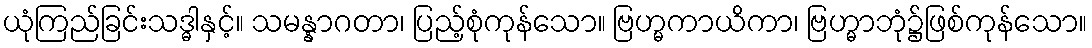
ယုံကြည်ခြင်းသဒ္ဓါနှင့်။ သမန္နာဂတာ၊ ပြည့်စုံကုန်သော။ ဗြဟ္မကာယိကာ၊ ဗြဟ္မာဘုံ၌ဖြစ်ကုန်သော။